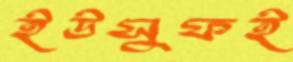
ইউসুফই